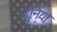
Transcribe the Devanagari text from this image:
दुनिया